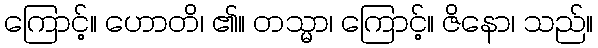
ကြောင့်။ ဟောတိ၊ ၏။ တသ္မာ၊ ကြောင့်။ ဇိနော၊ သည်။